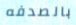
بالصدفه